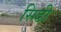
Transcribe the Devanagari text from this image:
सिढी